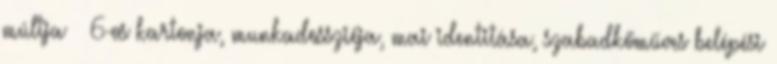
múltja – 6-os kartonja, munkadossziéja, mai identitása, szabad­kő­műves belépési